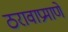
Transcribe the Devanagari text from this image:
ठरावाप्रमाणे